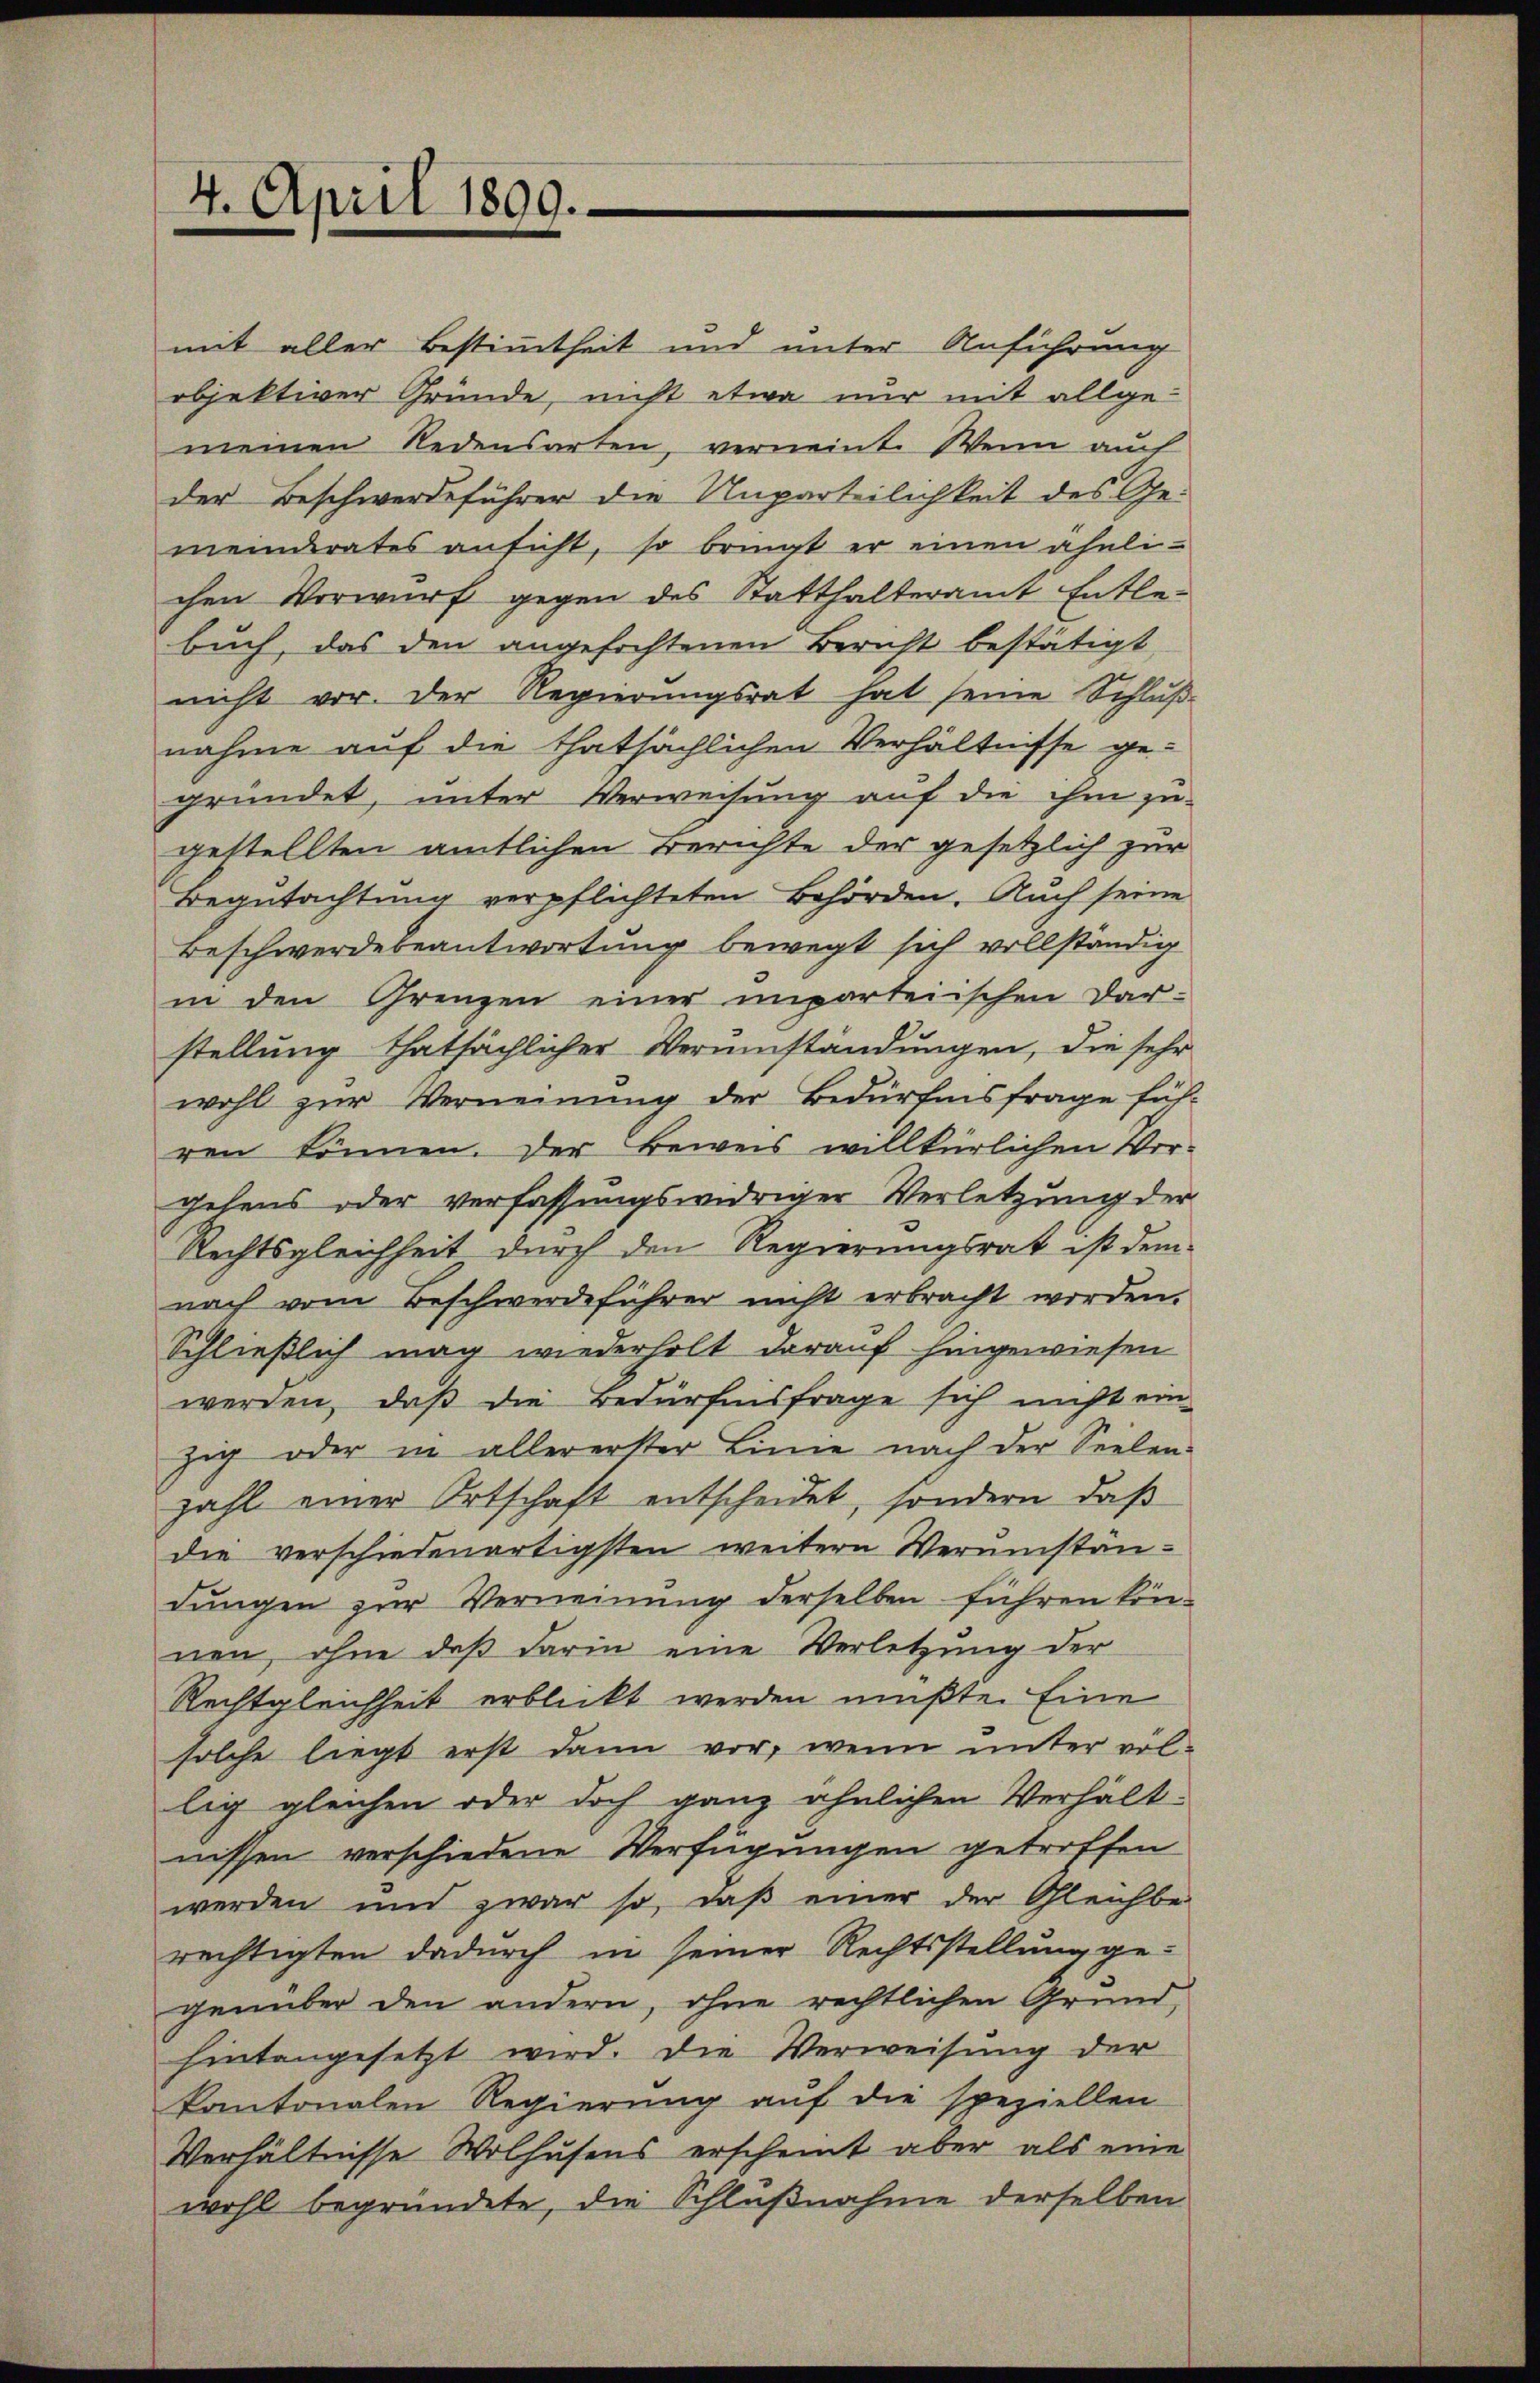
4. April 1899.

mit aller Bestimmtheit und unter Anführung
objektiver Gründe, nicht etwa nur mit allge-
meinen Redensarten, verneint. Wenn auch
der Beschwerdeführer die Unparteilichkeit des Gemeinderates ansicht, so bringt er einen ähnlichen Vorwurf gegen des Statthalteramt Entle-
buch, das den angefochtenen Bericht bestätigt,
nicht vor. Der Regierungsrat hat seine Schluße
nahme auf die thatsächlichen Verhältnisse ge-
gründet, unter Verweisung auf die ihm zu
gestellten amtlichen Berichte der gesetzlich zur
Begutachtung verpflichteten Behörden. Auch seine
Beschwerdebeantwortung bewegt sich vollständig
in den Grenzen einer unparteiischen Dar-
stellung thatsächlicher Verumständungen, die sehr
wohl zur Verneinung der Bedürfnisfrage füh-
ren können. Der Beweis willkürlichen Ver-
gehens oder verfassungswidriger Verletzung der
Rechtsgleichheit durch den Regierungsrat ist dem
nach vom Beschwerdeführer nicht erbracht worden.
Schließlich mag wiederholt darauf hingewiesen
werden, daß die Bedürfnisfrage sich nicht ein-
zig oder in allererster Linie nach der Seelen-
zahl einer Ortschaft entscheidet, sondern, daß
die verschiedenartigsten weitern Verumständungen zur Verneinung derselben führen können, ohne daß darin eine Verletzung der
Rechtgleichheit erblickt werden müßte. Eine
solche liegt erst dann vor, wenn unter völlig gleichen oder doch ganz ähnlichen Verhält-
nissen verschiedene Verfügungen getroffen
werden und zwar so, daß einer der Gleichbe-
rechtigten dadurch in seiner Rechtsstellung ge-
genüber den andern, ohne rechtlichen Grund,
hintangesetzt wird. Die Verweisung der
kantonalen Regierung auf die speziellen
Verhältnisse Wolhusens erscheint aber als eine
wohl begründete, die Schlußnahme derselben